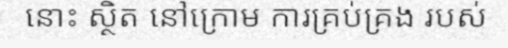
នោះ ស្ថិត នៅក្រោម ការគ្រប់គ្រង របស់